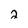
Character: 2